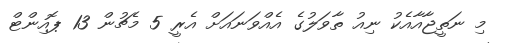
މި ނަތީޖާއާއެކު ނިއު ތާވަލުގެ އެއްވަނައަށް އެރީ 5 މެޗުން 13 ޕޮއިންޓް